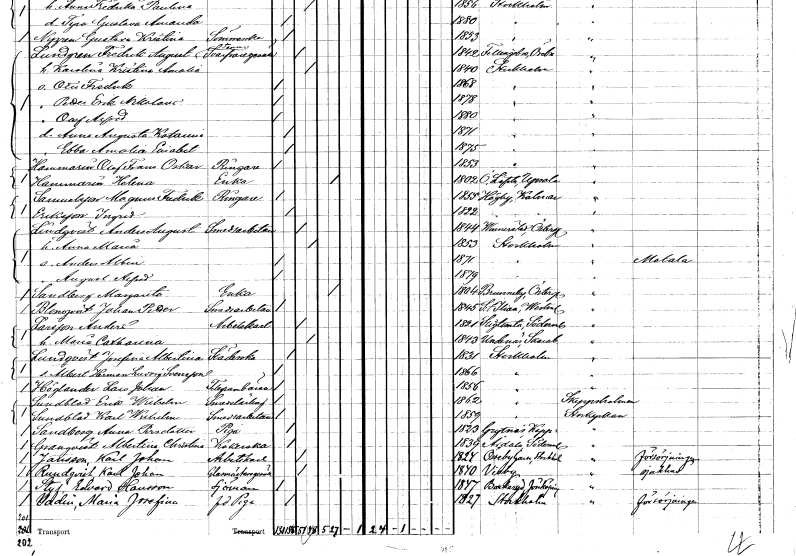
gt_parse: households: individuals: FN: Olof Frans Oskar
EN: Hammarin
YRKE: Ringare
KON: M
CIV: O
FODAR: 1853
FODFORS: Stockholm
FN: Helena
EN: Hammarin
YRKE: Änka
KON: K
CIV: E
FODAR: 1802
FODFORS: Österlövsta Uppsala län
FN: Magnus Fredrik
EN: Samuelsson
YRKE: Ringare
KON: M
CIV: O
FODAR: 1855
FODFORS: Högsby Kalmar län
FN: Ingrid
EN: Eriksson
KON: K
CIV: O
FODAR: 1822
FODFORS: Högsby Kalmar län
FN: Anders August
EN: Lindqvist
YRKE: Smedsarbetare
KON: M
CIV: G
FODAR: 1844
FODFORS: Vinnerstad Östergötlands län
FN: Anna Maria
KON: K
CIV: G
FODAR: 1853
FODFORS: Stockholm
FN: Anders Albin
KON: M
CIV: O
FODAR: 1871
FODFORS: Stockholm
FN: August Alfred
KON: M
CIV: O
FODAR: 1879
FODFORS: Stockholm
FN: Margareta
EN: Sandberg
YRKE: Änka
KON: K
CIV: E
FODAR: 1804
FODFORS: Brunneby Östergötlands län
FN: Johan Petter
EN: Blomqvist
YRKE: Smedsarbetare
KON: M
CIV: O
FODAR: 1845
FODFORS: Sankt Ilian Västmanlands län
FN: Anders
EN: Larsson
YRKE: Arbetskarl
KON: M
CIV: G
FODAR: 1821
FODFORS: Stigtomta Södermanlands län
FN: Maria Catharina
KON: K
CIV: G
FODAR: 1843
FODFORS: Undenäs Skaraborgs län
FN: Josefina Albertina
EN: Lundqvist
YRKE: Städerska
KON: K
CIV: O
FODAR: 1831
FODFORS: Stockholm
FN: Albert Herman Ludvig
EN: Svensson
KON: M
CIV: O
FODAR: 1866
FODFORS: Stockholm
FN: Lars Johan
EN: Höglander
YRKE: Telegrambärare
KON: M
CIV: O
FODAR: 1856
FODFORS: Stockholm
FN: Erik Wilhelm
EN: Sundblad
YRKE: Smedslärling
KON: M
CIV: O
FODAR: 1862
FODFORS: Stockholm
FN: Karl Wilhelm
EN: Sundblad
YRKE: Smedsarbetare
KON: M
CIV: O
FODAR: 1859
FODFORS: Stockholm
FN: Anna
EN: Sandberg Persdotter
YRKE: Piga
KON: K
CIV: O
FODAR: 1823
FODFORS: Grytnäs Kopparbergs län
FN: Albertina Christina
EN: Granqvist
YRKE: Kokerska
KON: K
CIV: O
FODAR: 1839
FODFORS: Årdala Södermanlands län
FN: Karl Johan
EN: Jansson
YRKE: Arbetskarl
KON: M
CIV: G
FODAR: 1824
FODFORS: Össeby-Garn Stockholms län
FN: Karl Johan
EN: Rundqvist
YRKE: Glasmästaregesäll
KON: M
CIV: G
FODAR: 1840
FODFORS: Visby Gotlands län
FN: Edvard
EN: Styf Hansson
YRKE: Sjöman
KON: M
CIV: O
FODAR: 1847
FODFORS: Bankeryd Jönköpings län
FN: Maria Josefina
EN: Uddin
YRKE: Piga f.d.
KON: K
CIV: O
FODAR: 1827
FODFORS: Stockholm